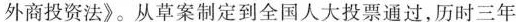
外商投资法》。从草案制定到全国人大投票通过，历时三年